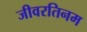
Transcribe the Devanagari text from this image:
जीवरतिनम